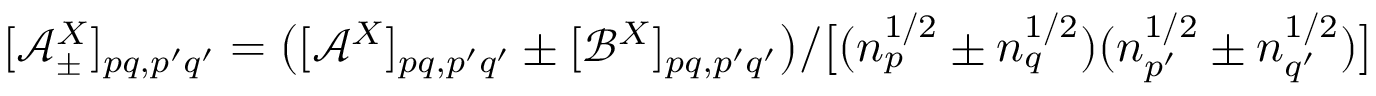
[ \mathcal { A } _ { \pm } ^ { X } ] _ { p q , p ^ { \prime } q ^ { \prime } } = \big ( [ \mathcal { A } ^ { X } ] _ { p q , p ^ { \prime } q ^ { \prime } } \pm [ \mathcal { B } ^ { X } ] _ { p q , p ^ { \prime } q ^ { \prime } } \big ) / \big [ ( n _ { p } ^ { 1 / 2 } \pm n _ { q } ^ { 1 / 2 } ) ( n _ { p ^ { \prime } } ^ { 1 / 2 } \pm n _ { q ^ { \prime } } ^ { 1 / 2 } ) \big ]